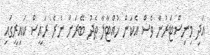
އަދި މިނިސްޓަރުން ވެސް އެކަން ހުއްޓާލާ ތެދު ބޭރަށް ނެރެ ރައީސް ކައިރީގައި